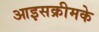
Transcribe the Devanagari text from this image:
आइसक्रीमके